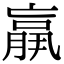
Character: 𦟀